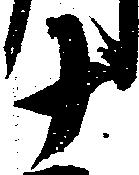
十